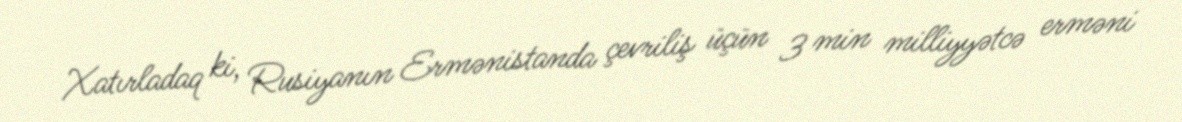
Xatırladaq ki, Rusiyanın Ermənistanda çevriliş üçün 3 min milliyyətcə erməni